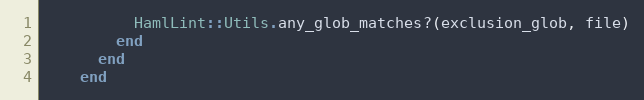
Language: Ruby
          HamlLint::Utils.any_glob_matches?(exclusion_glob, file)
        end
      end
    end